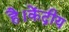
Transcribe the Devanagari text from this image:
है।केंद्रीय